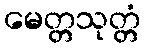
မေတ္တသုတ္တံ